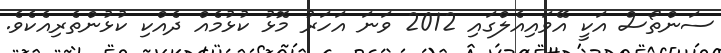
ސަންތޯސް އަކީ އޭވައިއެލްގައި 2012 ވަނަ އަހަރު މޮޅު ކުޅުމެއް ދެއްކި ކުޅުންތެރިއެކެވެ.